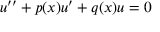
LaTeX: u ^ { \prime \prime } + p ( x ) u ^ { \prime } + q ( x ) u = 0